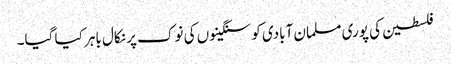
فلسطین کی پوری مسلمان آبادی کو سنگینوں کی نوک پر نکال باہر کیا گیا۔